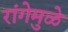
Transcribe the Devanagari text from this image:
रांगेमुळे